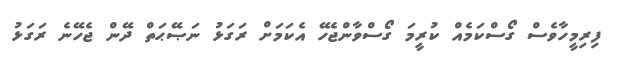
ފިރިމީހާވެސް ގޯސްކަމެއް ކުރީމަ ގޯސްވާންޖެހޭ އެކަމަށް ރަގަޅު ނަޞޭޙަތް ދޭން ޖެހޭނެ ރަގަޅު